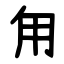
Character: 甪